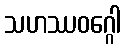
သဟဿဝဂ္ဂေါ